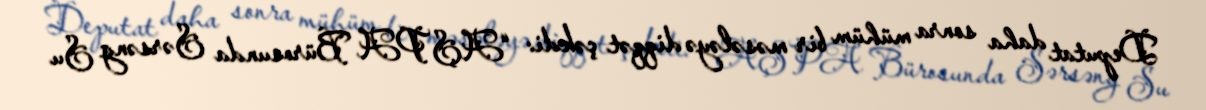
Deputat daha sonra mühüm bir məsələyə diqqət çəkdi: “AŞPA Bürosunda Sərsəng Su